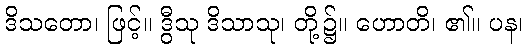
ဒိသတော၊ ဖြင့်။ ဒွီသု ဒိသာသု၊ တို့၌။ ဟောတိ၊ ၏။ ပန၊